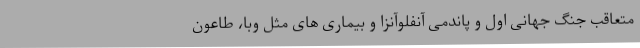
متعاقب جنگ جهانی اول و پاندمی آنفلوآنزا و بیماری های مثل وبا، طاعون